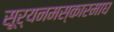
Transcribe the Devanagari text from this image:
सूर्यनमस्कारमाघ